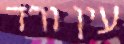
עין ורד